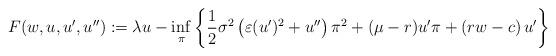
LaTeX: \begin{align*}F(w,u,u',u''):=\lambda u-\inf_{\pi}\left\{\frac{1}{2}\sigma^2\left(\varepsilon (u')^2+u''\right)\pi^2+(\mu-r)u'\pi+\left(rw-c\right)u'\right\}\end{align*}